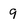
Character: 9